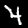
Label: 4